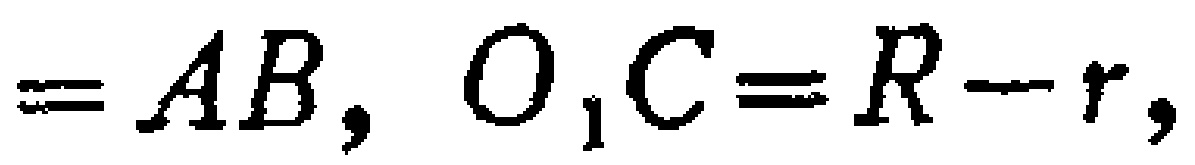
$=AB, O_{1}C=R - r,$